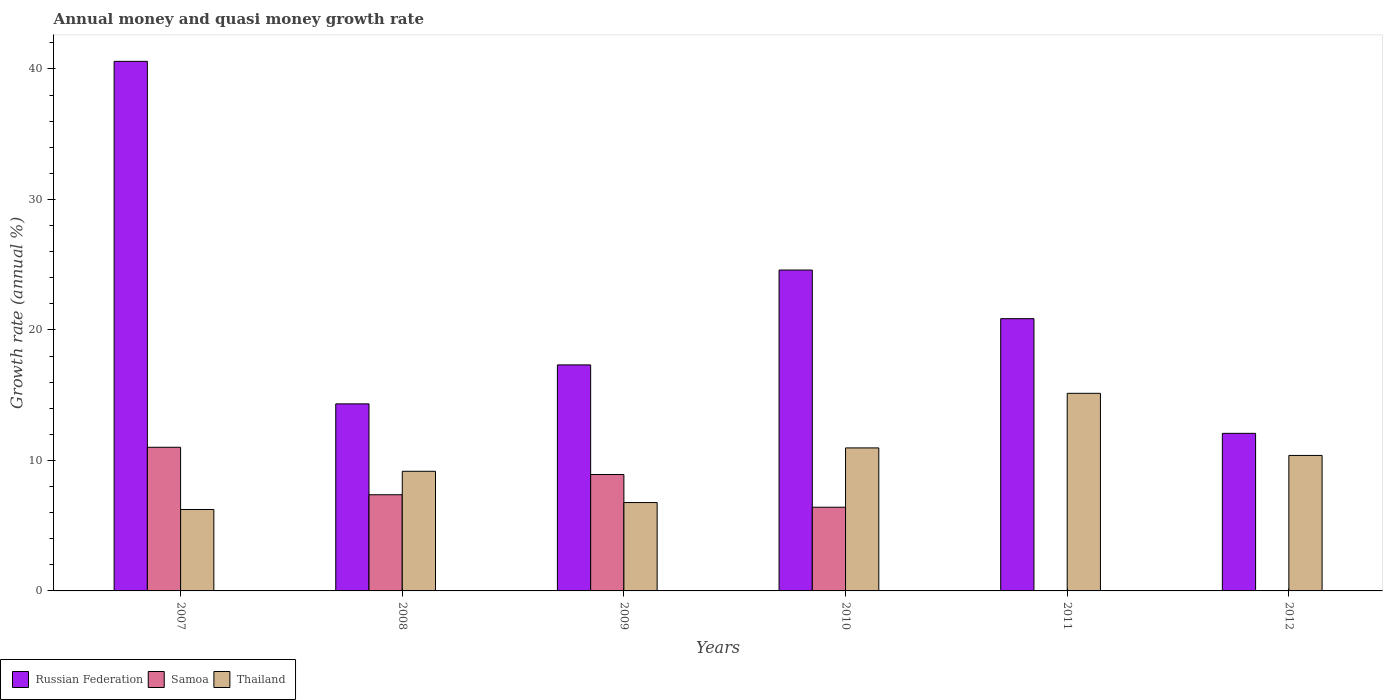
| Years | Russian Federation | Samoa | Thailand |
 | --- | --- | --- | --- |
 | 2007 | 40.6 | 11 | 6.24 |
 | 2008 | 14.3 | 7.37 | 9.17 |
 | 2009 | 17.3 | 8.92 | 6.77 |
 | 2010 | 24.6 | 6.41 | 11 |
 | 2011 | 20.9 | -6.13 | 15.1 |
 | 2012 | 12.1 | -1.64 | 10.4 |